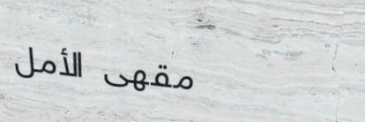
مقهى الأمل